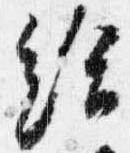
給